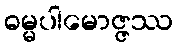
ဓမ္မပါမောဇ္ဇဿ